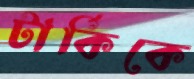
টার্কিকে